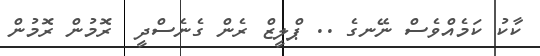
ކާކު ކަމެއްވެސް ނޭނގެ .. ޕްލީޒް ރެން ގެނެސްދީ  ރޮމުން ރޮމުން